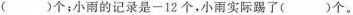
()个；小雨的记录是-12个，小雨实际踢了()个。